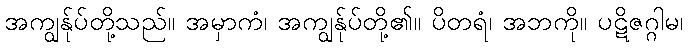
အကျွန်ုပ်တို့သည်။ အမှာကံ၊ အကျွန်ုပ်တို့၏။ ပိတရံ၊ အဘကို။ ပဋိဇဂ္ဂါမ၊